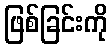
ဖြစ်ခြင်းကို